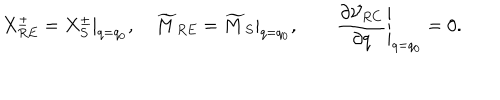
X _ { R E } ^ { \pm } = X _ { S } ^ { \pm } | _ { q = q _ { 0 } } , \quad \widetilde { M } _ { R E } = \widetilde { M } _ { S } | _ { q = q _ { 0 } } , \qquad \left. { \frac { \partial { \cal V } _ { R C } } { \partial q } } \right| _ { q = q _ { 0 } } = 0 .